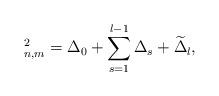
LaTeX: \begin{align*}_{n,m}^{2}=\Delta_{0}+\sum^{l-1}_{s=1}\Delta_{s}+\widetilde{\Delta}_{l},\end{align*}